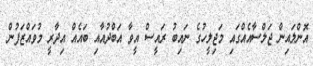
އޮންލައިން ޖަލްސާއެއްގައި މަޖިލީހުގެ ނައިބު ރައީސް އީވާ އަބްދުއާއި ބައެއް އިދާރީ މުވައްޒަފުން